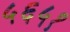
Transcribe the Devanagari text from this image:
५६५१